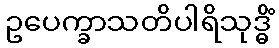
ဥပေက္ခာသတိပါရိသုဒ္ဓိံ